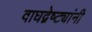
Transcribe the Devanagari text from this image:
वाघद्वेष्ट्यांनी